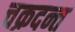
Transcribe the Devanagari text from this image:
चक्रदन्त